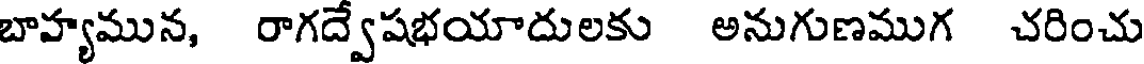
బాహ్యమున, రాగద్వేషభయాదులకు అనుగుణముగ చరించు